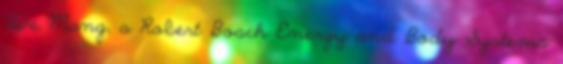
Uwe Mang, a Robert Bosch Energy and Body Systems